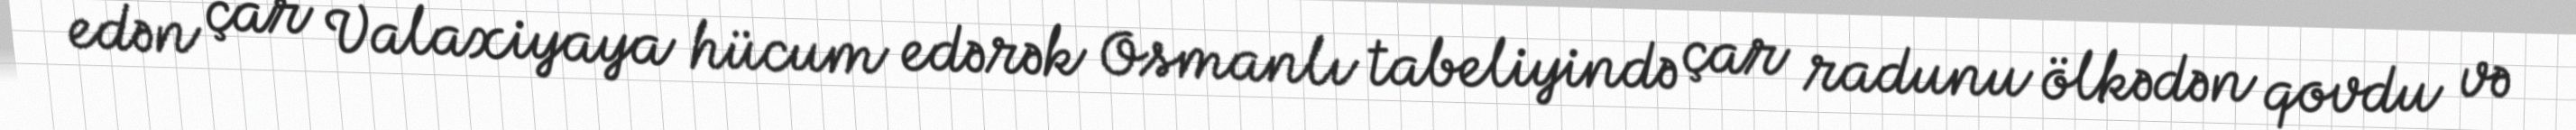
edən çar Valaxiyaya hücum edərək Osmanlı tabeliyində çar radunu ölkədən qovdu və